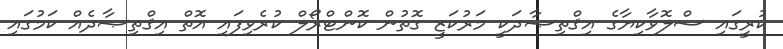
ކުރީގައި ސްލޮވާކިޔާގެ އިޤްތިޞާދަކީ މަރުކަޒީ ގޮތުން ކޮންޓްރޯލް ކުރެވިފައި އޮތް އިޤްތިޞާދެއް ކަމުގައި